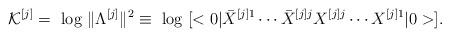
LaTeX: \begin{align*}{\cal K}^{[j]}=\mbox{ log }\| \Lambda ^{[j]}\| ^2\equiv\mbox{ log }[<0|{\bar{X}}^{[j]1}\cdots {\bar{X}}^{[j]j}{X}^{[j]j}\cdots {X}^{[j]1}|0>].\end{align*}